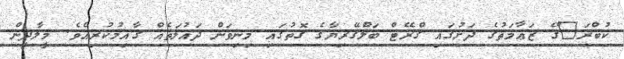
ކުބްރަ^ްގެ ޒަޢާމަތުގެ ދަށުގައި ގްރޭޓް ބަލްގޭރިޔާގެ ގޮތުގައި މިނިވަން ދައުލަތެއް ޤާއިމުކުރިއެވެ. މީލާދީން